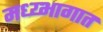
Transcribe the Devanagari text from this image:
मध्य्भागात